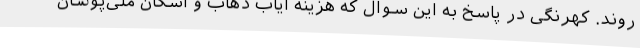
‌روند. کهرنگی در پاسخ به این سوال که هزینه ایاب ذهاب و اسکان ملی‌پوشان